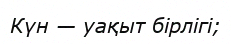
Күн — уақыт бірлігі;